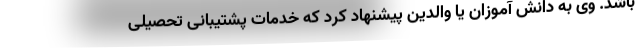
باشد. وی به دانش آموزان یا والدین پیشنهاد کرد که خدمات پشتیبانی تحصیلی